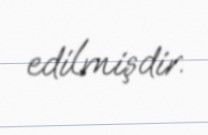
edilmişdir.